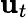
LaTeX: \mathbf{u}_{t}